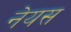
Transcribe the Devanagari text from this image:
नेयस